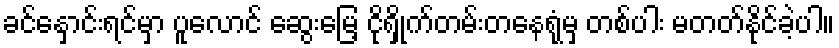
ခင်နှောင်းရင်မှာ ပူလောင် ဆွေးမြေ့ ငိုရှိုက်တမ်းတနေရုံမှ တစ်ပါး မတတ်နိုင်ခဲ့ပါ။